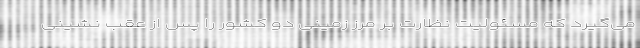
می‌گیرد که مسئولیت نظارت بر مرز زمینی دو کشور را پس از عقب نشینی